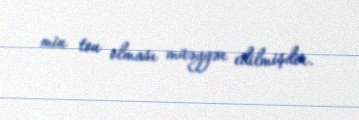
min ton olması müəyyən edilmişdir.